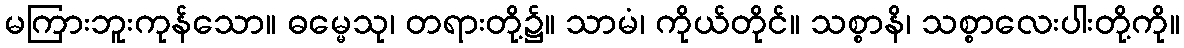
မကြားဘူးကုန်သော။ ဓမ္မေသု၊ တရားတို့၌။ သာမံ၊ ကိုယ်တိုင်။ သစ္စာနိ၊ သစ္စာလေးပါးတို့ကို။